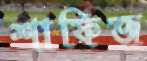
শাফিজ